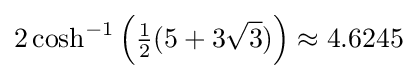
2\cosh ^{-1}\left({\tfrac {1}{2}}(5+3{\sqrt {3}})\right)\approx 4.6245